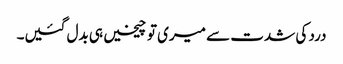
درد کی شدت سے میری تو چیخیں ہی بدل گئیں۔